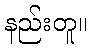
နည်းတူ။